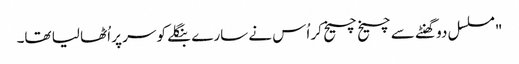
"مسلسل دو گھنٹے سے چیخ چیخ کر اُس نے سارے بنگلے کو سر پر اُٹھا لیا تھا۔